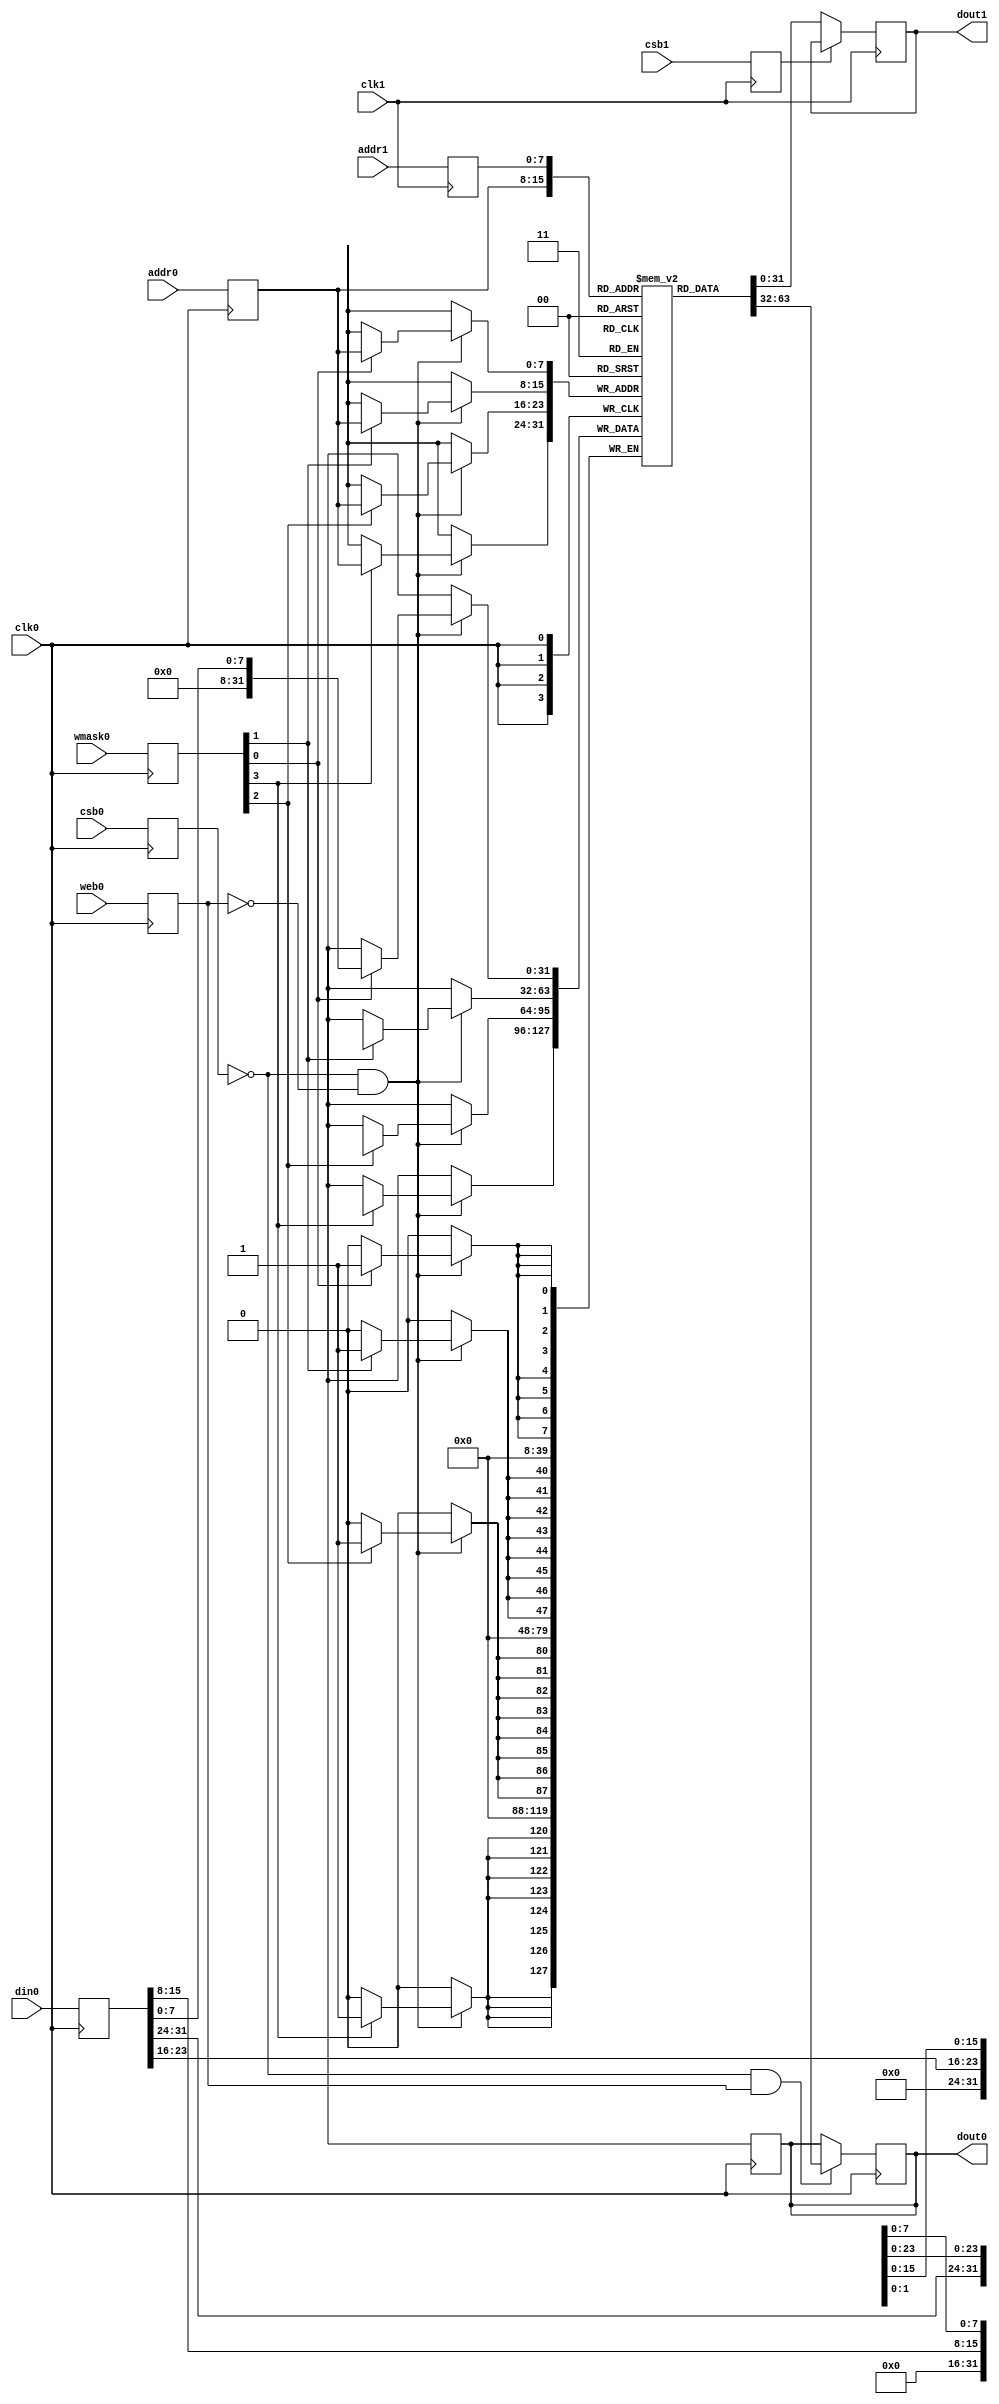
module sram_1rw1r_32_256_8_sky130(
`ifdef USE_POWER_PINS
	vdd,
	gnd,
`endif
// Port 0: RW
    clk0,csb0,web0,wmask0,addr0,din0,dout0,
// Port 1: R
    clk1,csb1,addr1,dout1
  );

  parameter NUM_WMASKS = 4 ;
  parameter DATA_WIDTH = 32 ;
  parameter ADDR_WIDTH = 8 ;
  parameter RAM_DEPTH = 1 << ADDR_WIDTH;
  // FIXME: This delay is arbitrary.
  parameter DELAY = 3 ;

`ifdef USE_POWER_PINS
  inout vdd;
  inout gnd;
`endif
  input  clk0; // clock
  input   csb0; // active low chip select
  input  web0; // active low write control
  input [NUM_WMASKS-1:0]   wmask0; // write mask
  input [ADDR_WIDTH-1:0]  addr0;
  input [DATA_WIDTH-1:0]  din0;
  output [DATA_WIDTH-1:0] dout0;
  input  clk1; // clock
  input   csb1; // active low chip select
  input [ADDR_WIDTH-1:0]  addr1;
  output [DATA_WIDTH-1:0] dout1;

  reg  csb0_reg;
  reg  web0_reg;
  reg [NUM_WMASKS-1:0]   wmask0_reg;
  reg [ADDR_WIDTH-1:0]  addr0_reg;
  reg [DATA_WIDTH-1:0]  din0_reg;
  reg [DATA_WIDTH-1:0]  dout0;

  // All inputs are registers
  always @(posedge clk0)
  begin
    csb0_reg = csb0;
    web0_reg = web0;
    wmask0_reg = wmask0;
    addr0_reg = addr0;
    din0_reg = din0;
    dout0 = #(DELAY) 32'bx;
`ifdef DBG
    if ( !csb0_reg && web0_reg ) 
      $display($time," Reading %m addr0=%b dout0=%b",addr0_reg,mem[addr0_reg]);
    if ( !csb0_reg && !web0_reg )
      $display($time," Writing %m addr0=%b din0=%b wmask0=%b",addr0_reg,din0_reg,wmask0_reg);
`endif 
   end

  reg  csb1_reg;
  reg [ADDR_WIDTH-1:0]  addr1_reg;
  reg [DATA_WIDTH-1:0]  dout1;

  // All inputs are registers
  always @(posedge clk1)
  begin
    csb1_reg = csb1;
    addr1_reg = addr1;
`ifdef DBG
    if (!csb0 && !web0 && !csb1 && (addr0 == addr1))
         $display($time," WARNING: Writing and reading addr0=%b and addr1=%b simultaneously!",addr0,addr1);
    dout1 = 32'bx;
    if ( !csb1_reg ) 
      $display($time," Reading %m addr1=%b dout1=%b",addr1_reg,mem[addr1_reg]);
`endif  
   end

reg [DATA_WIDTH-1:0]    mem [0:RAM_DEPTH-1];

  // Memory Write Block Port 0
  // Write Operation : When web0 = 0, csb0 = 0
  always @ (negedge clk0)
  begin : MEM_WRITE0
    if ( !csb0_reg && !web0_reg ) begin
        if (wmask0_reg[0])
                mem[addr0_reg][7:0] = din0_reg[7:0];
        if (wmask0_reg[1])
                mem[addr0_reg][15:8] = din0_reg[15:8];
        if (wmask0_reg[2])
                mem[addr0_reg][23:16] = din0_reg[23:16];
        if (wmask0_reg[3])
                mem[addr0_reg][31:24] = din0_reg[31:24];
    end
  end

  // Memory Read Block Port 0
  // Read Operation : When web0 = 1, csb0 = 0
  always @ (negedge clk0)
  begin : MEM_READ0
    if (!csb0_reg && web0_reg)
       dout0 <= #(DELAY) mem[addr0_reg];
  end

  // Memory Read Block Port 1
  // Read Operation : When web1 = 1, csb1 = 0
  always @ (negedge clk1)
  begin : MEM_READ1
    if (!csb1_reg)
       dout1 <= #(DELAY) mem[addr1_reg];
  end

endmodule